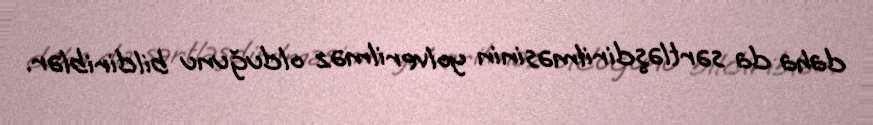
daha da sərtləşdirilməsinin yolverilməz olduğunu bildiriblər.